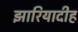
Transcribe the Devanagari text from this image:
झारियादीह